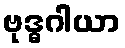
ဗုဒ္ဓဂါယာ